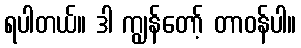
ရပါတယ်။ ဒါ ကျွန်တော့် တာဝန်ပါ။